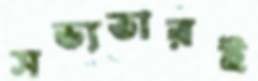
সভ্যতারই